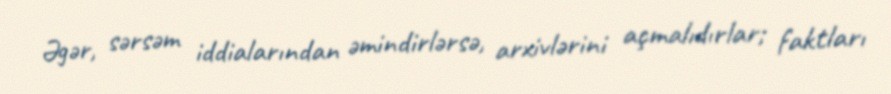
Əgər, sərsəm iddialarından əmindirlərsə, arxivlərini açmalıdırlar; faktları